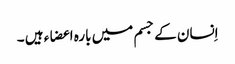
اِنسان کے جسم میں بارہ اعضاء ہیں ۔